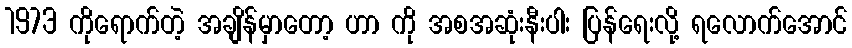
1973 ကိုရောက်တဲ့ အချိန်မှာတော့ ဟာ ကို အစအဆုံးနီးပါး ပြန်ရေးလို့ ရလောက်အောင်